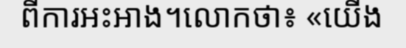
ពីការអះអាង។លោកថា៖ «យើង